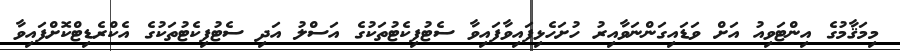
މިމަޤާމުގެ އިންޓަވިއު އަށް ވަޑައިގަންނަވާއިރު ހުށަހެޅިފައިވާފައިވާ ސެޓުފިކެޓުތަކުގެ އަސްލު އަދި ސެޓުފިކެޓުތަކުގެ އެކްރެޑިޓްކޮށްފައިވާ